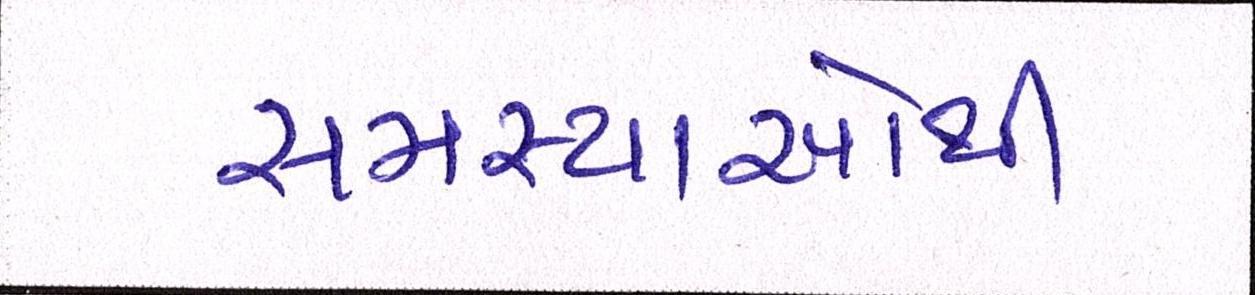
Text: સમસ્યાઓથી